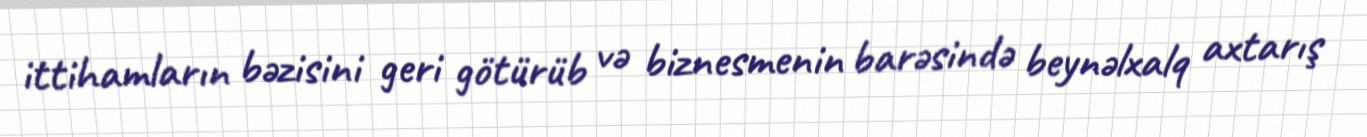
ittihamların bəzisini geri götürüb və biznesmenin barəsində beynəlxalq axtarış